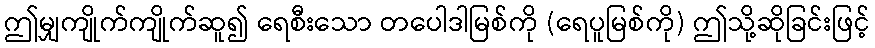
ဤမျှကျိုက်ကျိုက်ဆူ၍ ရေစီးသော တပေါဒါမြစ်ကို (ရေပူမြစ်ကို) ဤသို့ဆိုခြင်းဖြင့်